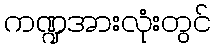
ကဏ္ဍအားလုံးတွင်